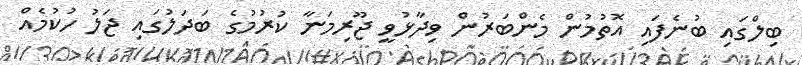
ބިލްގައި ބުނެފައި އޮތުމުން މެންބަރުން ވިދާޅުވީ ޖޫރިމަނާ ކުރުމުގެ ބަދަލުގައި ޖަލު ހުކުމެއް